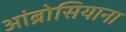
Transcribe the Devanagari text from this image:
आंब्रोसियाना